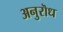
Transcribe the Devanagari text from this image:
अनुरॊध